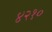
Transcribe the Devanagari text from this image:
४२१०